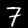
Digit: 7